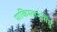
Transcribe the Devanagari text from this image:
पाकिस्तानसिंधु